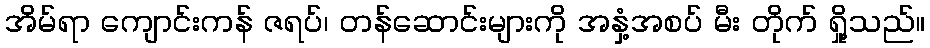
အိမ်ရာ ကျောင်းကန် ဇရပ်၊ တန်ဆောင်းများကို အနှံ့အစပ် မီး တိုက် ရှို့သည်။